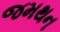
જમથન